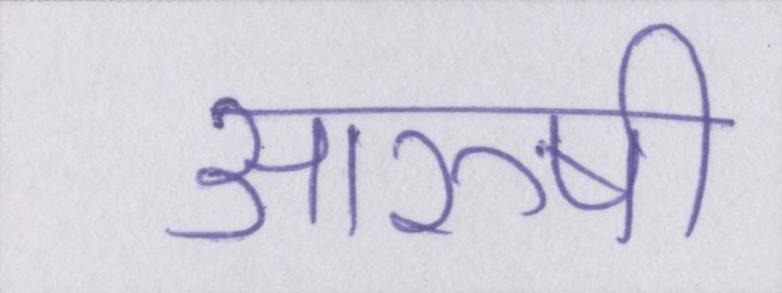
आरुषी